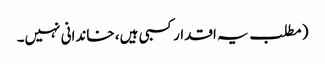
( مطلب یہ اقدار کسبی ہیں، خاندانی نہیں۔